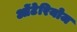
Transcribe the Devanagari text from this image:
ओंटेरियोज